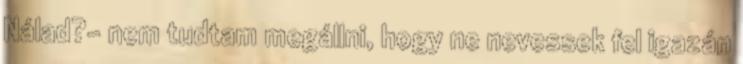
Nálad?- nem tudtam megállni, hogy ne nevessek fel igazán